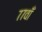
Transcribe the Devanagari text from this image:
७७वाँ